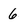
Character: 6